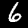
Digit: 6